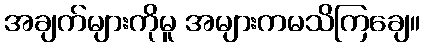
အချက်များကိုမူ အများကမသိကြချေ။